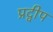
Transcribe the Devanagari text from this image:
प्रद्वीप